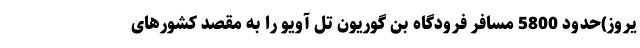
یروز)حدود 5800 مسافر فرودگاه بن گوریون تل آویو را به مقصد کشورهای